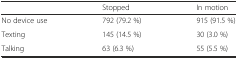
<table><thead><tr><td></td><td><b>Stopped</b></td><td><b>In motion</b></td></tr></thead><tbody><tr><td>No device use</td><td>792 (79.2 %)</td><td>915 (91.5 %)</td></tr><tr><td>Texting</td><td>145 (14.5 %)</td><td>30 (3.0 %)</td></tr><tr><td>Talking</td><td>63 (6.3 %)</td><td>55 (5.5 %)</td></tr></tbody></table>